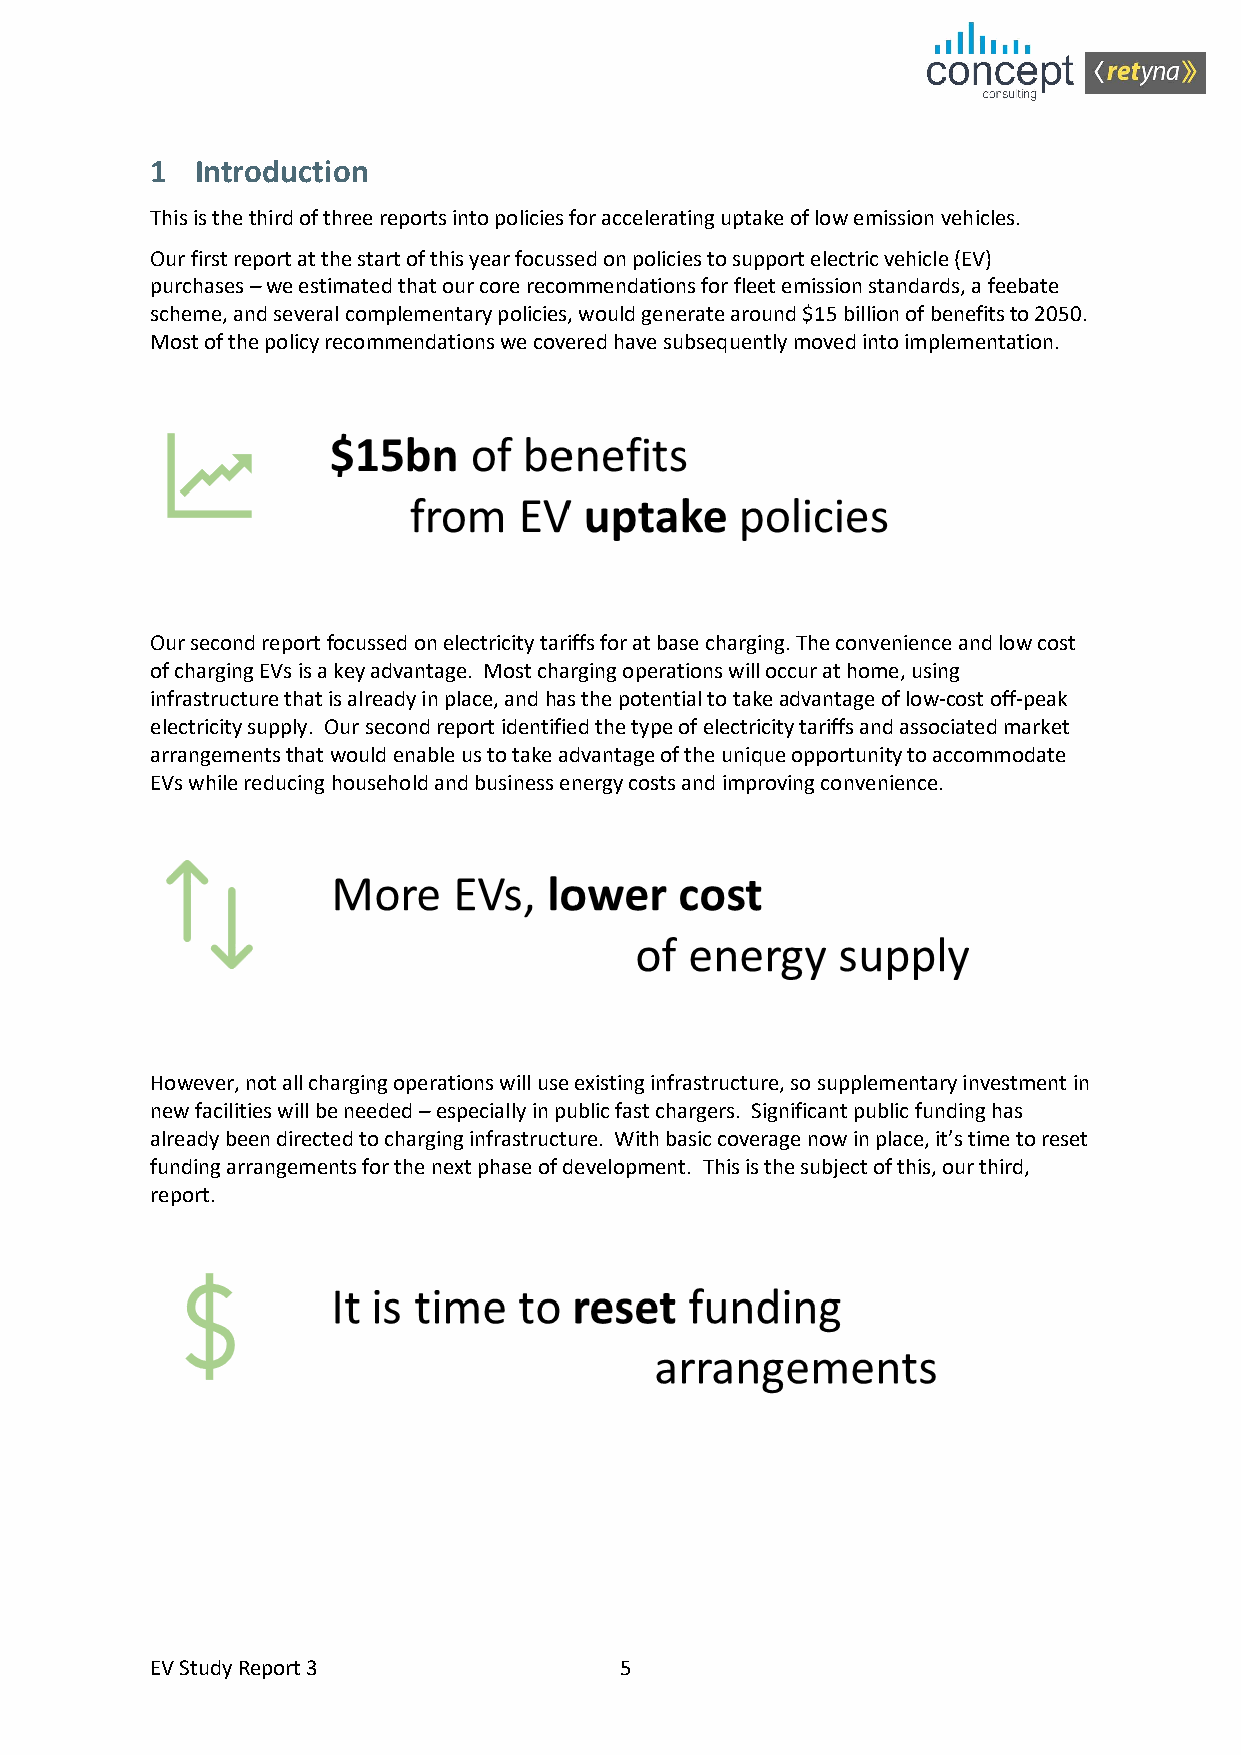
1  Introduction
 This is the third of three reports into policies for accelerating uptake of low emission vehicles.
 Our first report at the start of this year focussed on policies to support electric vehicle (EV)
 purchases – we estimated that our core recommendations for fleet emission standards, a feebate
 scheme, and several complementary policies, would generate around $15 billion of benefits to 2050.
 Most of the policy recommendations we covered have subsequently moved into implementation.
 Our second report focussed on electricity tariffs for at base charging. The convenience and low cost
 of charging EVs is a key advantage. Most charging operations will occur at home, using
 infrastructure that is already in place, and has the potential to take advantage of low-cost off-peak
 electricity supply. Our second report identified the type of electricity tariffs and associated market
 arrangements that would enable us to take advantage of the unique opportunity to accommodate
 EVs while reducing household and business energy costs and improving convenience.
 However, not all charging operations will use existing infrastructure, so supplementary investment in
 new facilities will be needed – especially in public fast chargers. Significant public funding has
 already been directed to charging infrastructure. With basic coverage now in place, it’s time to reset
 funding arrangements for the next phase of development. This is the subject of this, our third,
 report.
 EV Study Report 3              5